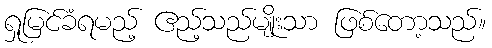
ရှုမြင်ခံရမည့် ဧည့်သည်မျိုးသာ ဖြစ်တော့သည်။